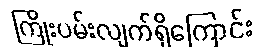
ကြိုးပမ်းလျက်ရှိကြောင်း